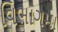
વિભાગમા